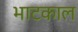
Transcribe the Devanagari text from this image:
भाटकाल